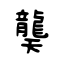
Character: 龑